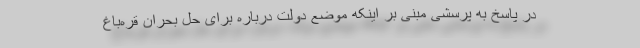
در پاسخ به پرسشی مبنی بر اینکه موضع دولت درباره برای حل بحران قره‌باغ